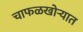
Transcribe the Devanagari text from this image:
चाफळखोऱ्यात